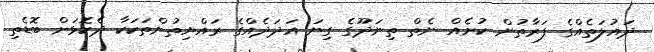
ދައުލަތެއްގެ ފަރާތުން ކުށެއް ނެތް ތިނަދޫގެ ގިނަ އަދަދެއްގެ ރައްޔިތުންތަކަކާ ދެކޮޅަށް ބޮޑެތި